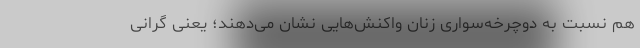
هم نسبت به دوچرخه‌سواری زنان واکنش‌هایی نشان می‌دهند؛ یعنی گرانی